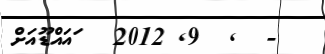
-